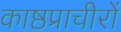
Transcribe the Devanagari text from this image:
काष्ठप्राचीरों